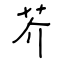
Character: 芥